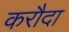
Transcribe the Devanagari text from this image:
करौदा